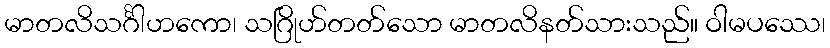
မာတလိသင်္ဂါဟကော၊ သဂြိုဟ်တတ်သော မာတလိနတ်သားသည်။ ဝါမပဿေ၊